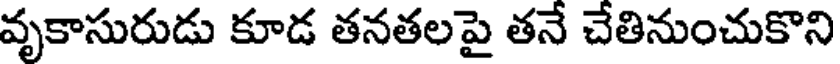
వృకాసురుడు కూడ తనతలపై తనే చేతినుంచుకొని